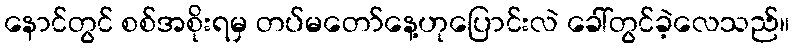
နောင်တွင် စစ်အစိုးရမှ တပ်မတော်နေ့ဟုပြောင်းလဲ ခေါ်တွင်ခဲ့လေသည်။